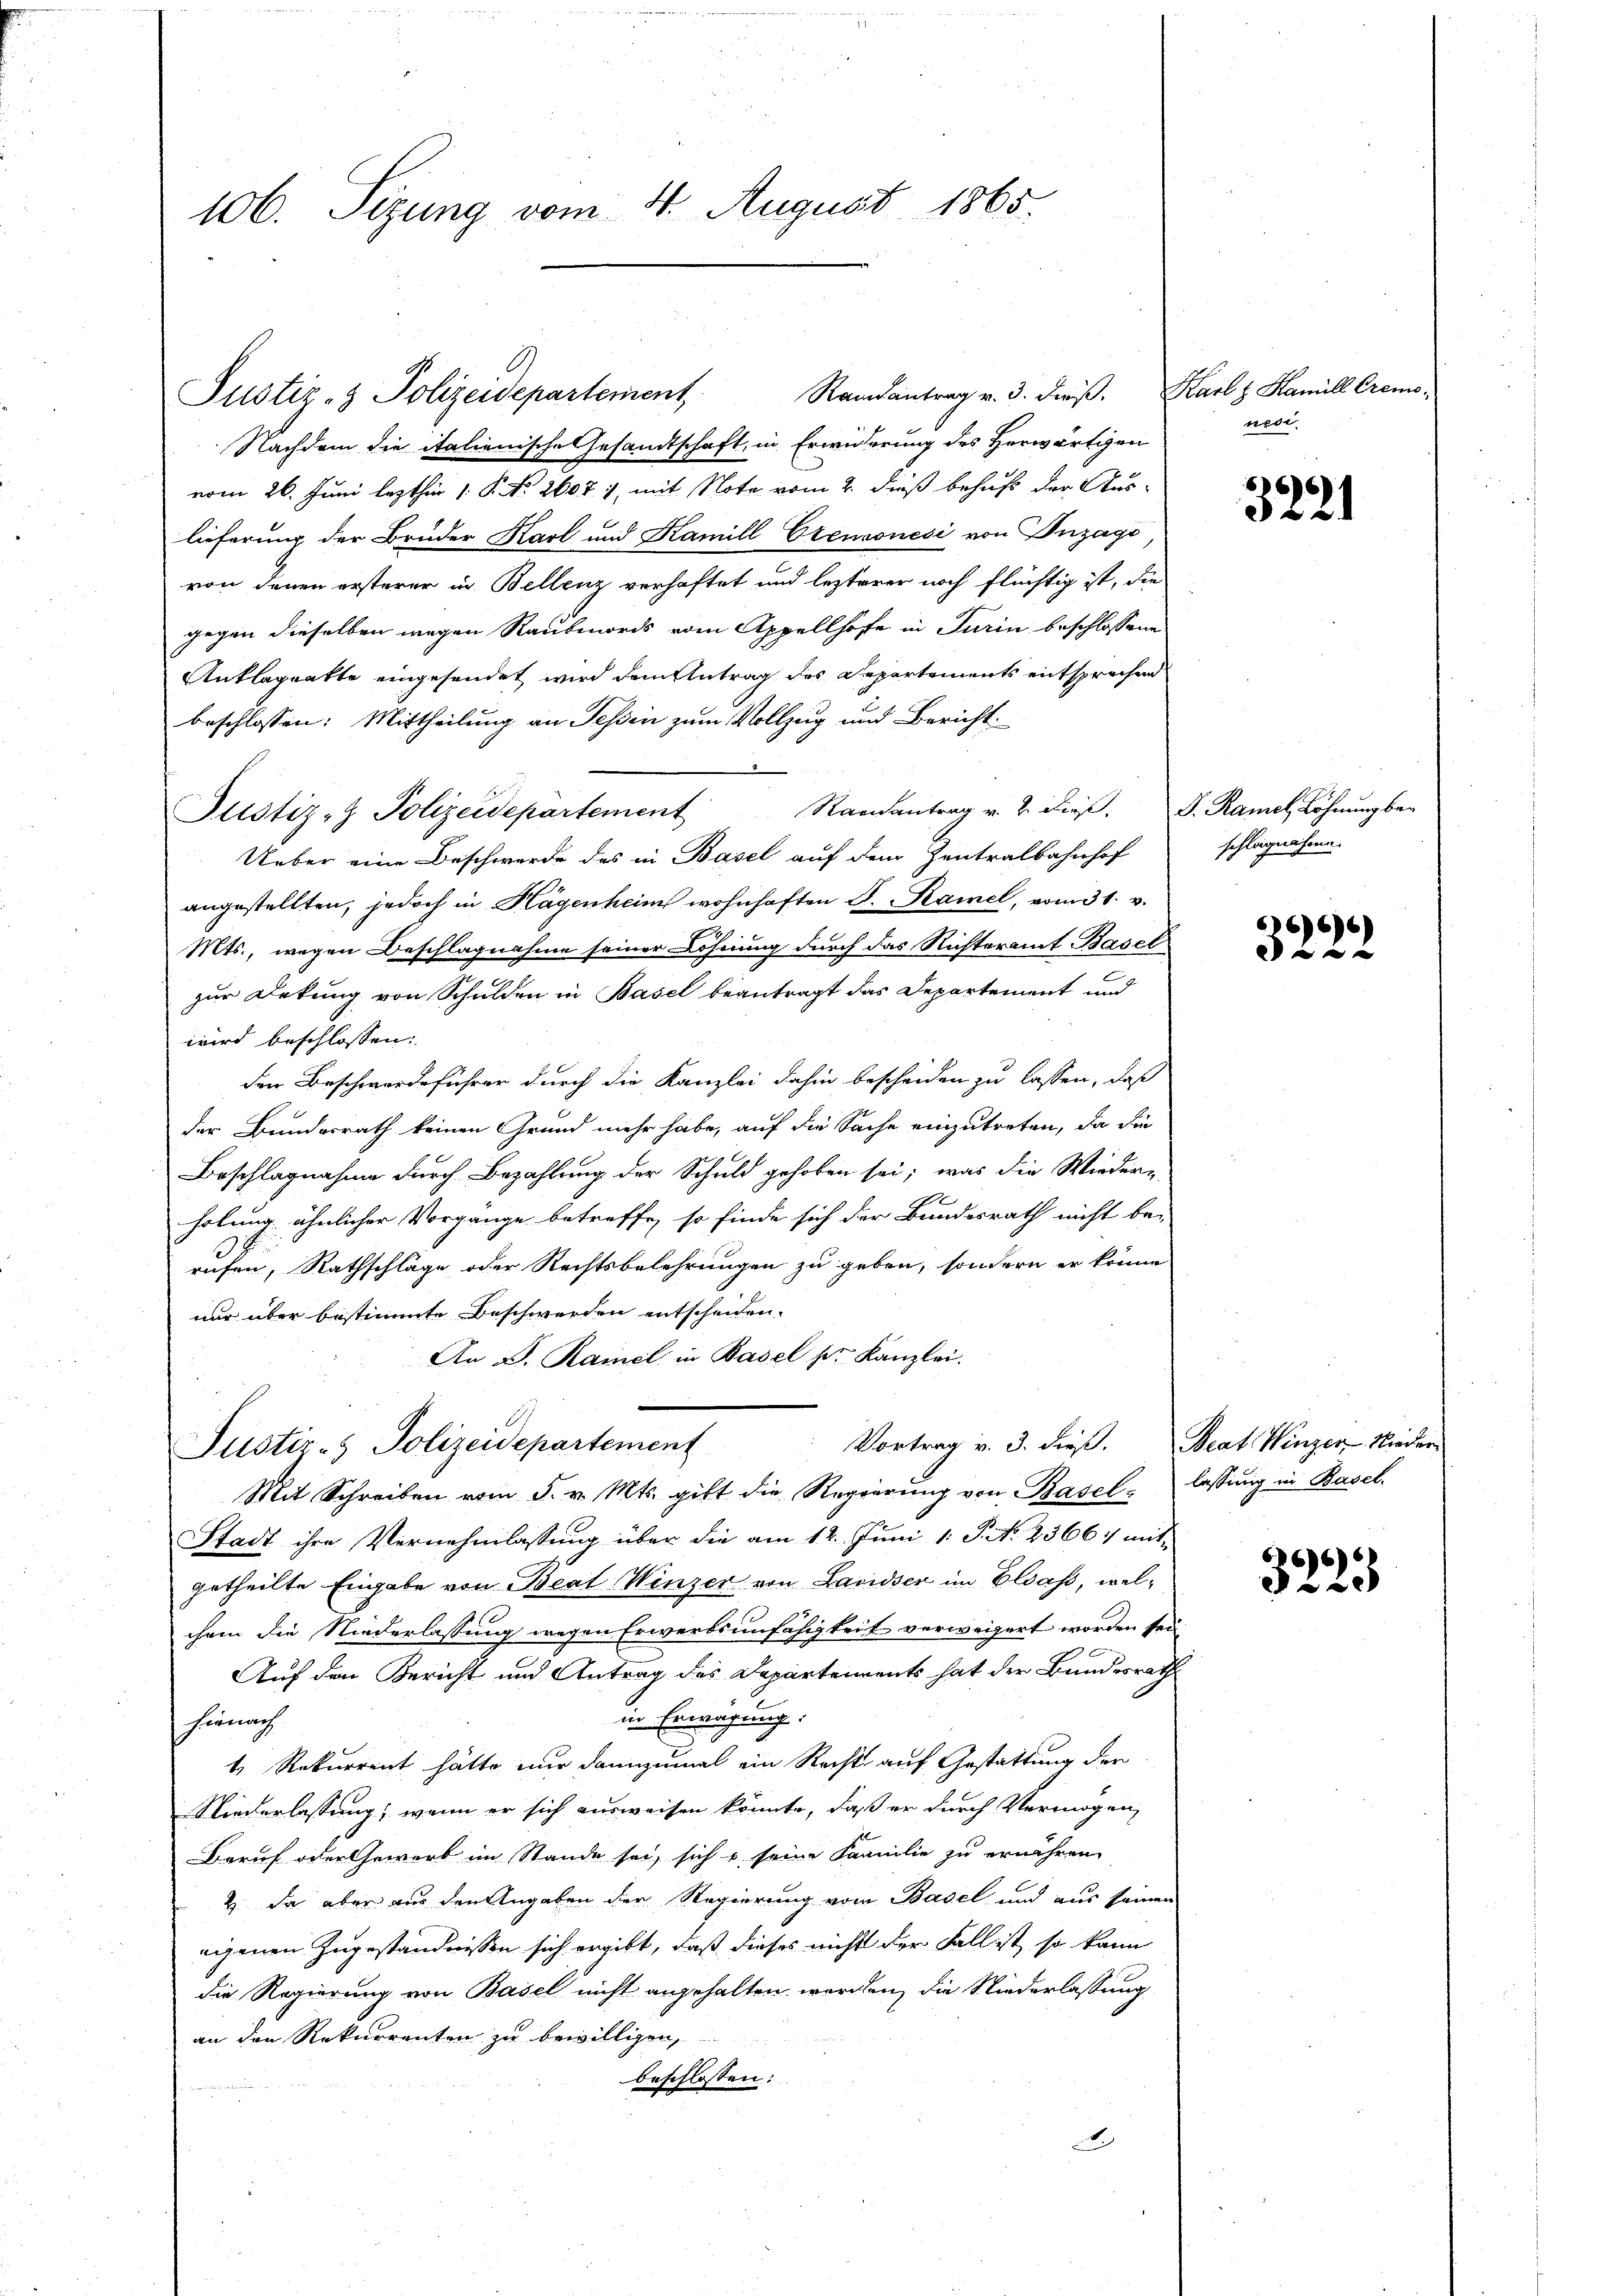
106. Sizung vom 4. August 1865.

Nachdem die italienische Gesandtschaft, in Erwiderung des Herwärtigen
vom 26. Juni lezthin 1. P. Nr. 2607. 1, mit Note vom 2. dieß behufs der Auslieferung der Brüder Karl und Kamill Cremonesi von Inzage
von denen ersterer in Bellenz verhaftet und lezterer noch flüchtig ist, die
gegen dieselben wegen Raubmords vom Appellhofe in Turin beschlossenen
Anklageakte eingesendet wird dem Antrag des Departements entsprechen
beschlossen: Mittheilung an Tessin zum Vollzug und Bericht
Samantrag v. h. dies
Ueber eine Beschwerde des in Basel auf dem Zentralbahnhof
angestellten, jedoch in Hagenheim wohnhaften S. Ramel, vom 31. v.
Mts., wegen Beschlagnahme seiner Löhnung durch das Richteramt Basel
zur Bekung von Schulden in Basel beantragt das Departement und
wird beschlossen:
den Beschwerdeführer durch die Kanzlei dahin bescheiden zu lassen, daß
der Bundesrath keinen Grund mehr habe, auf die Sache einzutreten, da die
Beschlagnahme durch Bezahlung der Schuld gehoben sei; was die Wieder-
holung ähnlicher Vorgange betreffe, so finde sich der Bundesrath nicht bei
rufen, Rathschläge oder Rechtsbelehrungen zu geben, sondern er könne
nur über bestimmte Beschwerden entscheiden.
An D. Ramel in Basel s. Kanzlei.
Vortrag v. 3. dieß. Beat Winzer-Nieder
Justiz- & Polizeidepartement
Mit Schreiben vom 5. v. Mts. gibt die Regierŭng von Basel lassŭng in Basel.
Stadt ihre Vernehmlassung über die am 12. Juni 1: P. N. 2366:/ mit
getheilte Eingabe von Beat Winzer von Lavidser im Elsaß, welchem die Niederlassung wegen Erwerbsunfähigkeit verweigert worden sei
Auf den Bericht und Antrag des Departements hat der Bundesrath
in Erwägung:
hienach
4. Rekurrent hätte nur dannzumal ein Recht auf Gestattung der
Niederlassung; wenn er sich ausweisen könnte, daß er durch Vermögen,
Beruf oder Gewerb im Stande sei, sich u. seine Familie zu erwähren
2. Da aber aus den Angaben der Regierung vom Basel und aus seinen
eigenen Zugeständnissen sich ergibt, daß dieses nicht der Fall ist, so kann
die Regierung von Basel nicht angehalten worden, die Niederlassung
an der Rekurrenten zu bewilligen,
beschlossen:
A

Justiz- & Polizeidepartement,

Justiz- & Polizeidepartement

Randantrag v. 3. dieβ. Karl Hamill Cremo-

wede

666)
322

F. Ramel Löhnung ber
schlagnahme.

6666)
e

3225